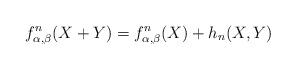
LaTeX: \begin{align*} f^n_{\alpha, \beta}(X+Y) = f^{n}_{\alpha, \beta}(X)+h_n(X,Y) \end{align*}